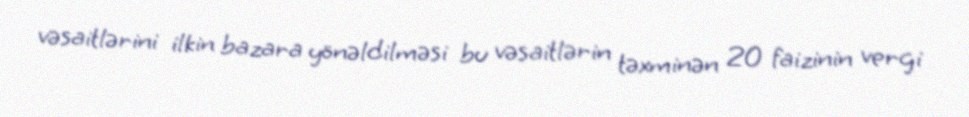
vəsaitlərini ilkin bazara yönəldilməsi bu vəsaitlərin təxminən 20 faizinin vergi